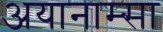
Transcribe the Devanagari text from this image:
अयानाम्सा